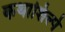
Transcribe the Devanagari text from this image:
कथाशिल्पे